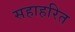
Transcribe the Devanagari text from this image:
सहाहरित